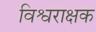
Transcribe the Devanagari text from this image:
विश्वराक्षक